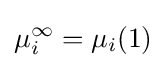
\mu _{i}^{\infty }=\mu _{i}(1)